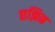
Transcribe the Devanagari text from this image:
छझिन